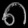
Digit: ၈